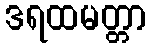
ဒရထမတ္တာ